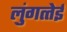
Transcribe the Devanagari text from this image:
लुंगत्‍तेई